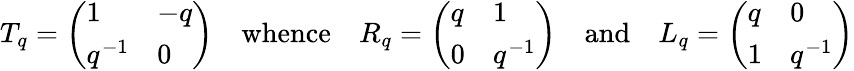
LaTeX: T_{q}=\left(\begin{array}{ll}{1}&{-q}\\ {q^{-1}}&{0}\end{array}\right)\quad\mathrm{whence}\quad R_{q}=\left(\begin{array}{ll}{q}&{1}\\ {0}&{q^{-1}}\end{array}\right)\quad\mathrm{and}\quad L_{q}=\left(\begin{array}{ll}{q}&{0}\\ {1}&{q^{-1}}\end{array}\right)